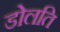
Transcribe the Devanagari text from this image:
डोलति